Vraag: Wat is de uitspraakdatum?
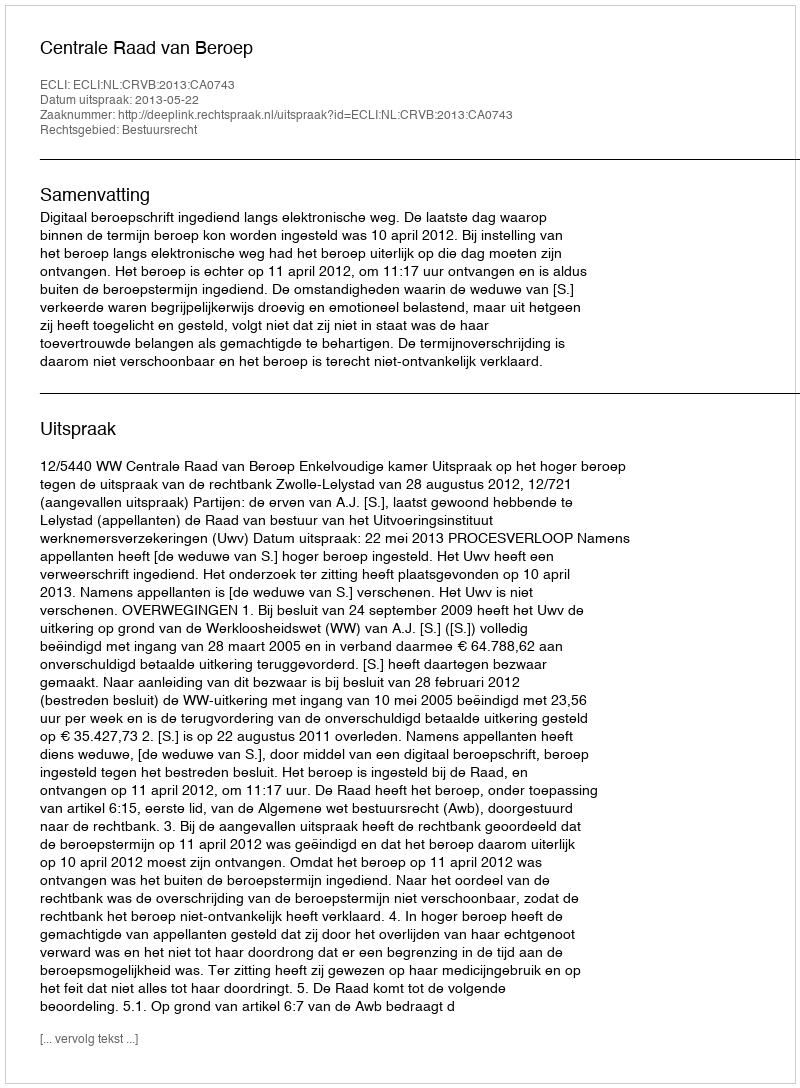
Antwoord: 2013-05-22